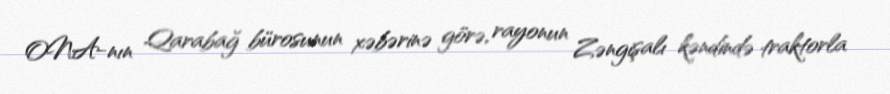
ONA-nın Qarabağ bürosunun xəbərinə görə, rayonun Zəngişalı kəndində traktorla